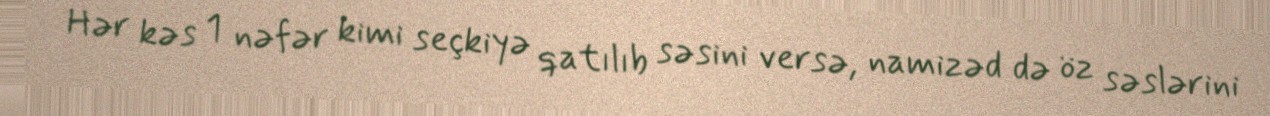
Hər kəs 1 nəfər kimi seçkiyə qatılıb səsini versə, namizəd də öz səslərini